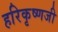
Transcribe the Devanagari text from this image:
हरिकृष्णजी